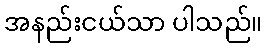
အနည်းငယ်သာ ပါသည်။